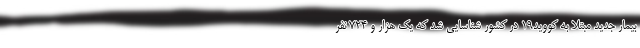
بیمار جدید مبتلا به کووید۱۹ در کشور شناسایی شد که یک هزار و ۷۲۴ نفر